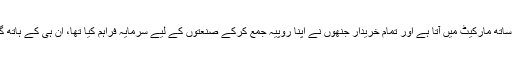
اور پھر وہی سامان سودی رقم کے بوجھ کے ساتھ مارکیٹ میں آتا ہے اور تمام خریدار جنھوں نے اپنا روپیہ جمع کرکے صنعتوں کے لیے سرمایہ فراہم کیا تھا، ان ہی کے ہاتھ گراں بیچ کر سود کی رقم حاصل کی جاتی ہے۔